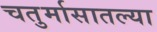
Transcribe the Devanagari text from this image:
चतुर्मासातल्या